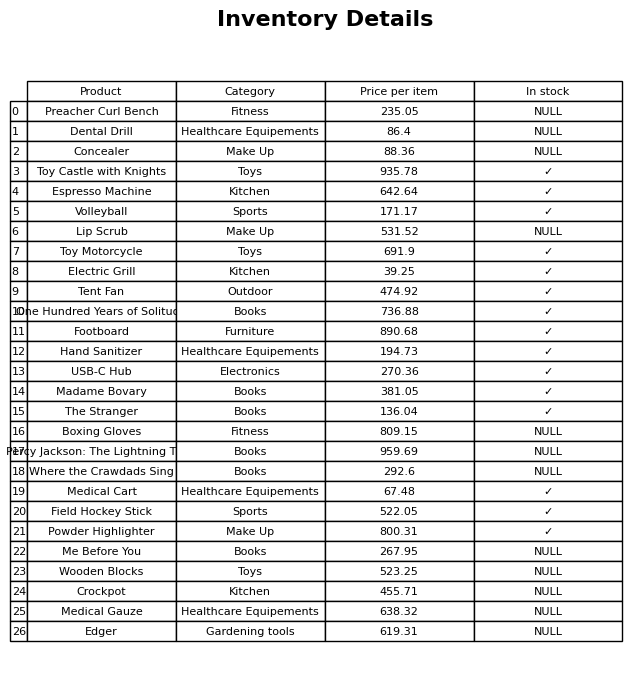
question: What category does the Espresso Machine belong to?
answer: Kitchen